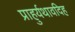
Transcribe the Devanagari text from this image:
प्राहुर्यथावदिह